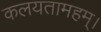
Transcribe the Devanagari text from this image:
कलयतामहम्।